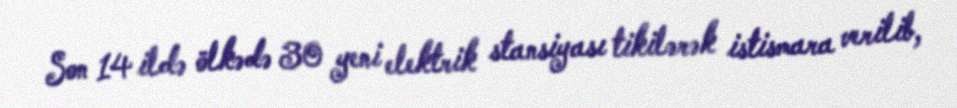
Son 14 ildə ölkədə 30 yeni elektrik stansiyası tikilərək istismara verilib,